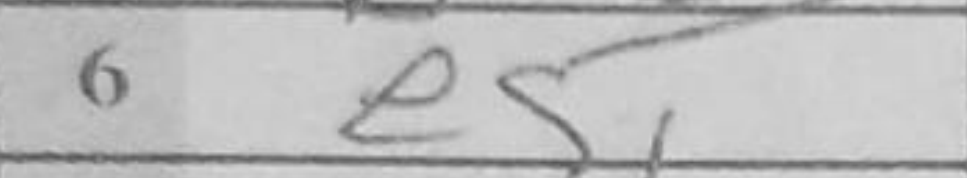
Transcription: e5